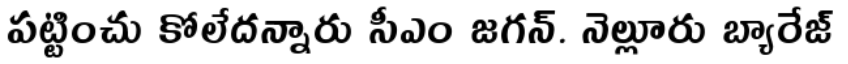
పట్టించు కోలేదన్నారు సీఎం జగన్. నెల్లూరు బ్యారేజ్